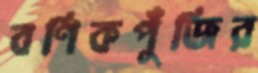
বণিকপুঁজির